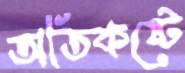
অতিকষ্টে